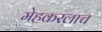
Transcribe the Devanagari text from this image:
मेहकरलाच